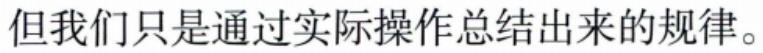
但我们只是通过实际操作总结出来的规律。